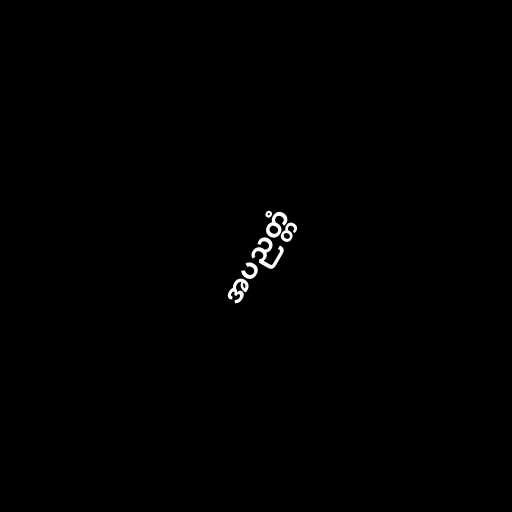
အပညတ္တံ